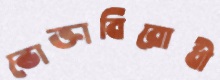
ভোক্তাবিরোধী